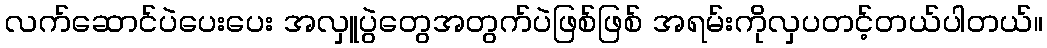
လက်ဆောင်ပဲပေးပေး အလှူပွဲတွေအတွက်ပဲဖြစ်ဖြစ် အရမ်းကိုလှပတင့်တယ်ပါတယ်။